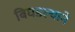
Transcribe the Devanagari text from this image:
बिघडल्याने